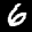
Label: 6